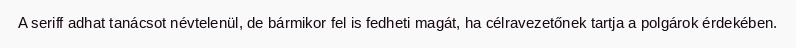
A seriff adhat tanácsot névtelenül, de bármikor fel is fedheti magát, ha célravezetőnek tartja a polgárok érdekében.